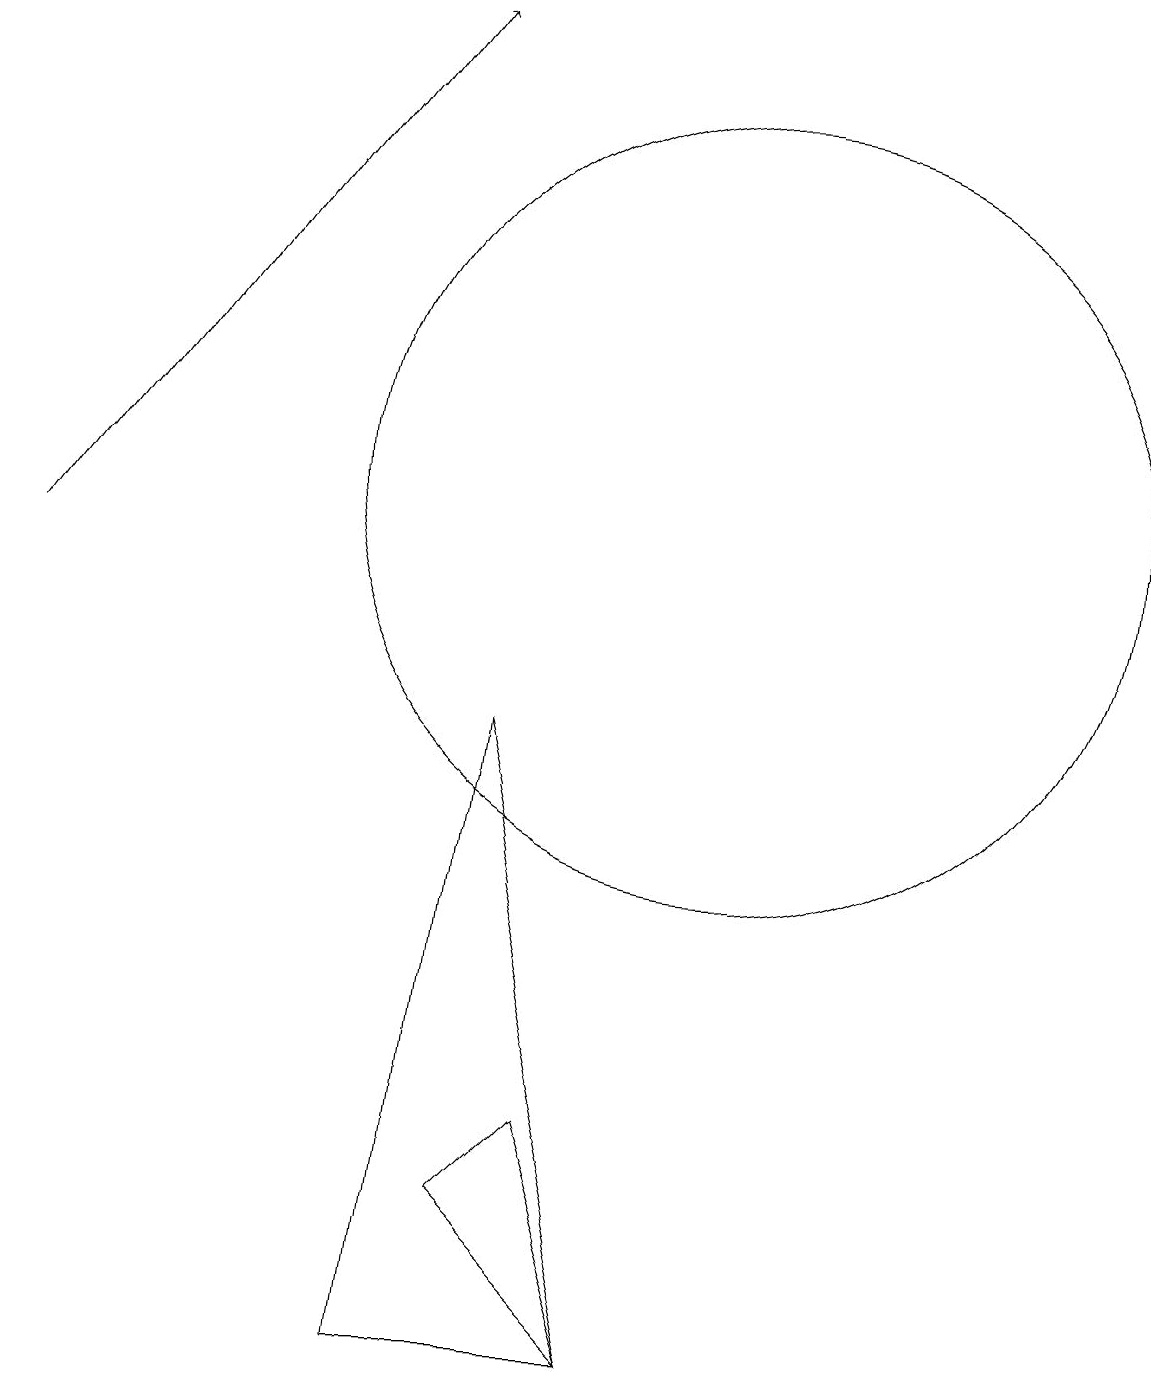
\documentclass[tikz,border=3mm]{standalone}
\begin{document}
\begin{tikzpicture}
\draw (10,11) circle (5);
\draw[->] (1,10) -- (6,17);
\draw (6,0) -- (7,8) -- (9,0) -- cycle;
\draw (7,2) -- (8,3) -- (9,0) -- cycle;
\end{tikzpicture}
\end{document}